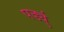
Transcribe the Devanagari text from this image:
पर्ड्यु